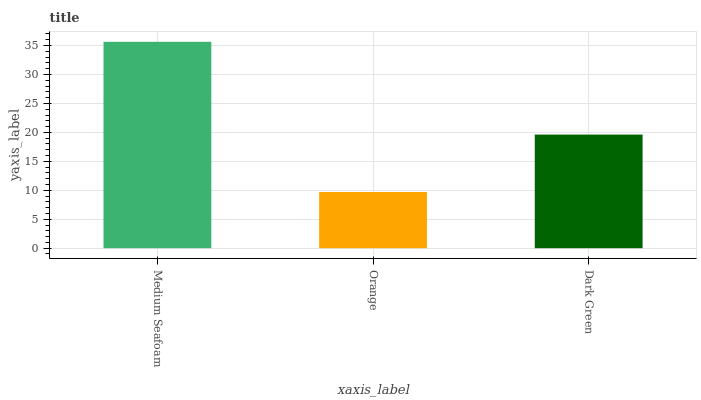
| xaxis_label | bars |
 | --- | --- |
 | Medium Seafoam | 35.6 |
 | Orange | 9.71 |
 | Dark Green | 19.6 |